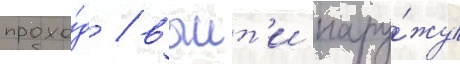
прохо́д / выит'и нару́жу